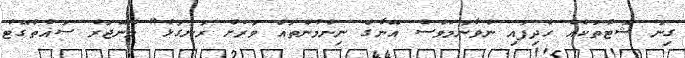
ގިނަ ޝޮޓުތަކެއް ހެދިފައި ނުވާނަމަވެސް އޭނާގެ ނިންމުންތައް ވަރަށް ރަނގަޅު" މެނޭޖަރު ސައުތުގޭޓު